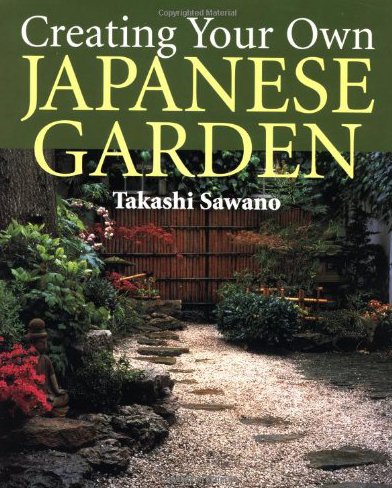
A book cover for Creating Your Own Japanese Garden; Takashi Sawano; Crafts, Hobbies & Home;